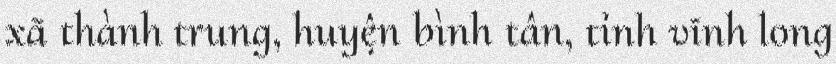
xã thành trung, huyện bình tân, tỉnh vĩnh long